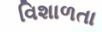
વિશાળતા